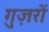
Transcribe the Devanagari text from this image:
गुज़रों